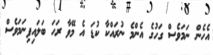
އެހެން ނަމަވެސް ގަހުގެ އެންމެ ނުރައްކާ ކުޑަ އެ މޭވާ ރަހަ ބަލައިފިނަމަވެސް